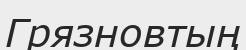
Грязновтың